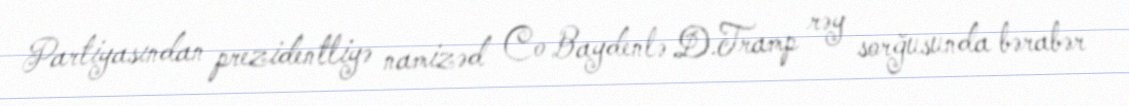
Partiyasından prezidentliyə namizəd Co Baydenlə D.Tramp rəy sorğusunda bərabər